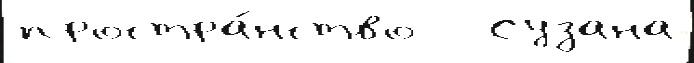
простра́нство   Сузана